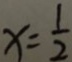
x = \frac { 1 } { 2 }